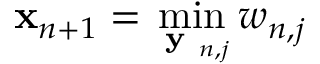
\ensuremath { \mathbf { x } } _ { n + 1 } = \operatorname* { m i n } _ { \textbf { y } _ { n , j } } w _ { n , j }